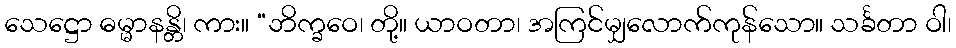
သေဋ္ဌော ဓမ္မာနန္တိ၊ ကား။ “ဘိက္ခဝေ၊ တို့။ ယာဝတာ၊ အကြင်မျှလောက်ကုန်သော။ သင်္ခတာ ဝါ၊